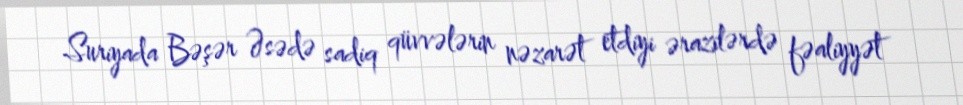
Suriyada Bəşər Əsədə sadiq qüvvələrin nəzarət etdiyi ərazilərdə fəaliyyət